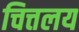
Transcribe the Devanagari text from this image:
चित्तलय